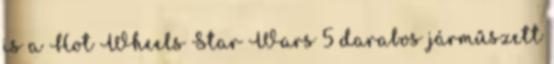
is a Hot Wheels Star Wars 5 darabos járműszett